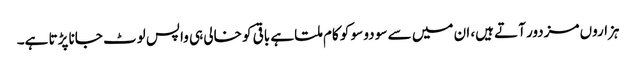
ہزاروں مزدور آتے ہیں، ان میں سے سو دو سو کو کام ملتا ہے باقی کو خالی ہی واپس لوٹ جانا پڑتا ہے۔